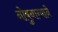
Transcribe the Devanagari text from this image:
नोबुनाग्याने